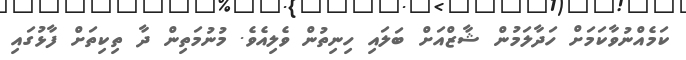
ކަމެއްނުވާކަމަށް ހަދާލަމުން ޝާޒްއަށް ބަލައި ހިނިތުން ވެލިއެވެ. މުނުމަތިން ދާ ތިކިތަށް ފާޅުގައި